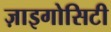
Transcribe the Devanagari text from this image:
ज़ाइगोसिटी